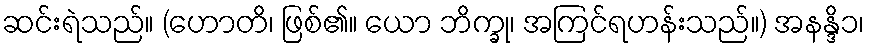
ဆင်းရဲသည်။ (ဟောတိ၊ ဖြစ်၏။ ယော ဘိက္ခု၊ အကြင်ရဟန်းသည်။) အနန္ဒိ၁၊